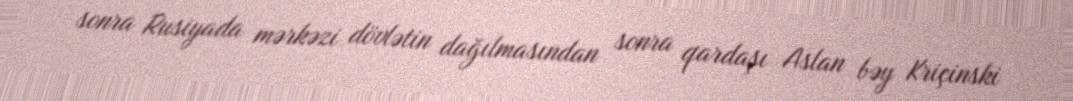
sonra Rusiyada mərkəzi dövlətin dağılmasından sonra qardaşı Aslan bəy Kriçinski